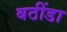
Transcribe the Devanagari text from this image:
बठींडा